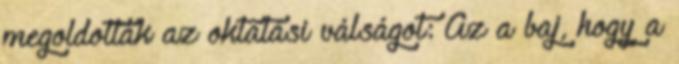
megoldották az oktatási válságot: Az a baj, hogy a